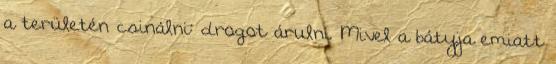
a területén csinálni: drogot árulni. Mivel a bátyja emiatt